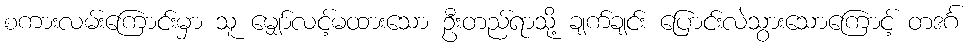
စကားလမ်းကြောင်းမှာ သူ မျှော်လင့်မထားသော ဦးတည်ရာသို့ ချက်ချင်း ပြောင်းလဲသွားသောကြောင့် တဒင်္ဂ